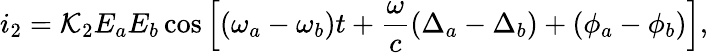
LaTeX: i_{2}=\mathcal{K}_{2}E_{a}E_{b}\cos\left[(\omega_{a}-\omega_{b})t+\frac{{\omega}}{{c}}(\Delta_{a}-\Delta_{b})+(\phi_{a}-\phi_{b})\right],